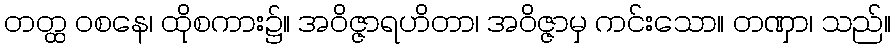
တတ္ထ ဝစနေ၊ ထိုစကား၌။ အဝိဇ္ဇာရဟိတာ၊ အဝိဇ္ဇာမှ ကင်းသော။ တဏှာ၊ သည်။